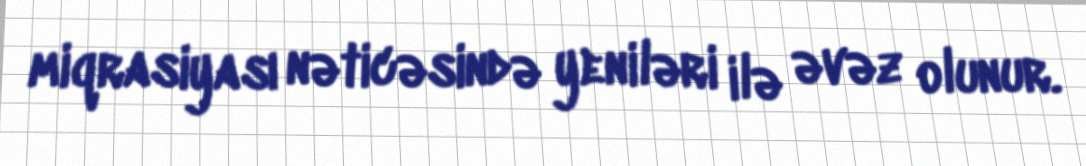
miqrasiyası nəticəsində yeniləri ilə əvəz olunur.